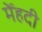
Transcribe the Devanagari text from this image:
मेँहदी